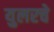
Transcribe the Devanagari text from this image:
युलरचे